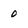
Character: 0